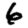
Digit: 6